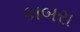
કાબરા